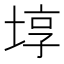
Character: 埻